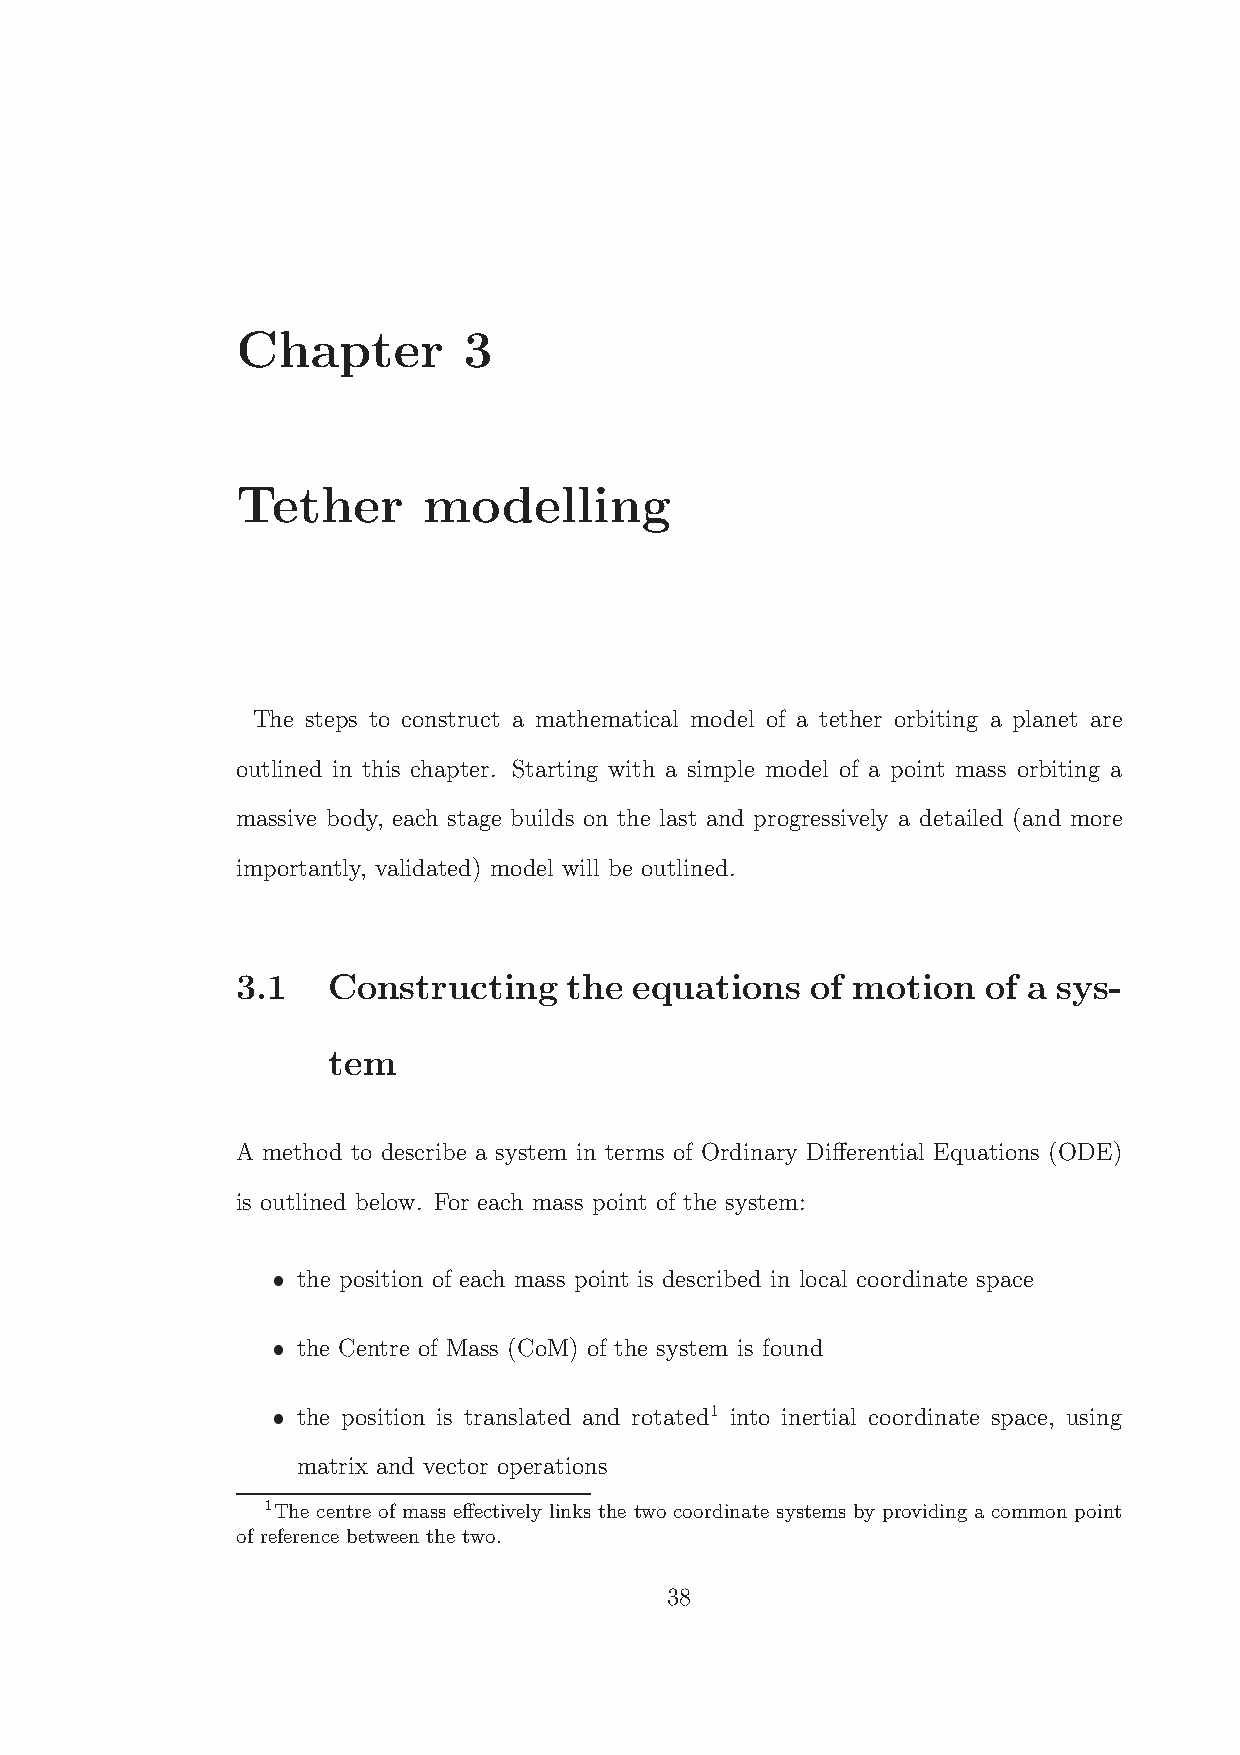
Chapter        3
 Tether      modelling
 The steps to construct a mathematical model of a tether orbiting a planet are
 outlined in this chapter. Starting with a simple model of a point mass orbiting a
 massive body, each stage builds on the last and progressively a detailed (and more
 importantly, validated) model will be outlined.
 3.1   Constructing    the equations   of motion  of a sys-
 tem
 A method to describe a system in terms of Ordinary Differential Equations (ODE)
 is outlined below. For each mass point of the system:
 the position of each mass point is described in local coordinate space
 the Centre of Mass (CoM) of the system is found
 the position is translated and rotated1 into inertial coordinate space, using
 matrix and vector operations
 1The centre of mass effectively links the two coordinate systems by providing a common point
 of reference between the two.
 38
 ˆ
 ˆ
 ˆ